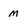
Character: m